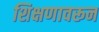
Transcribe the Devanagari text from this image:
शिक्षणावरून